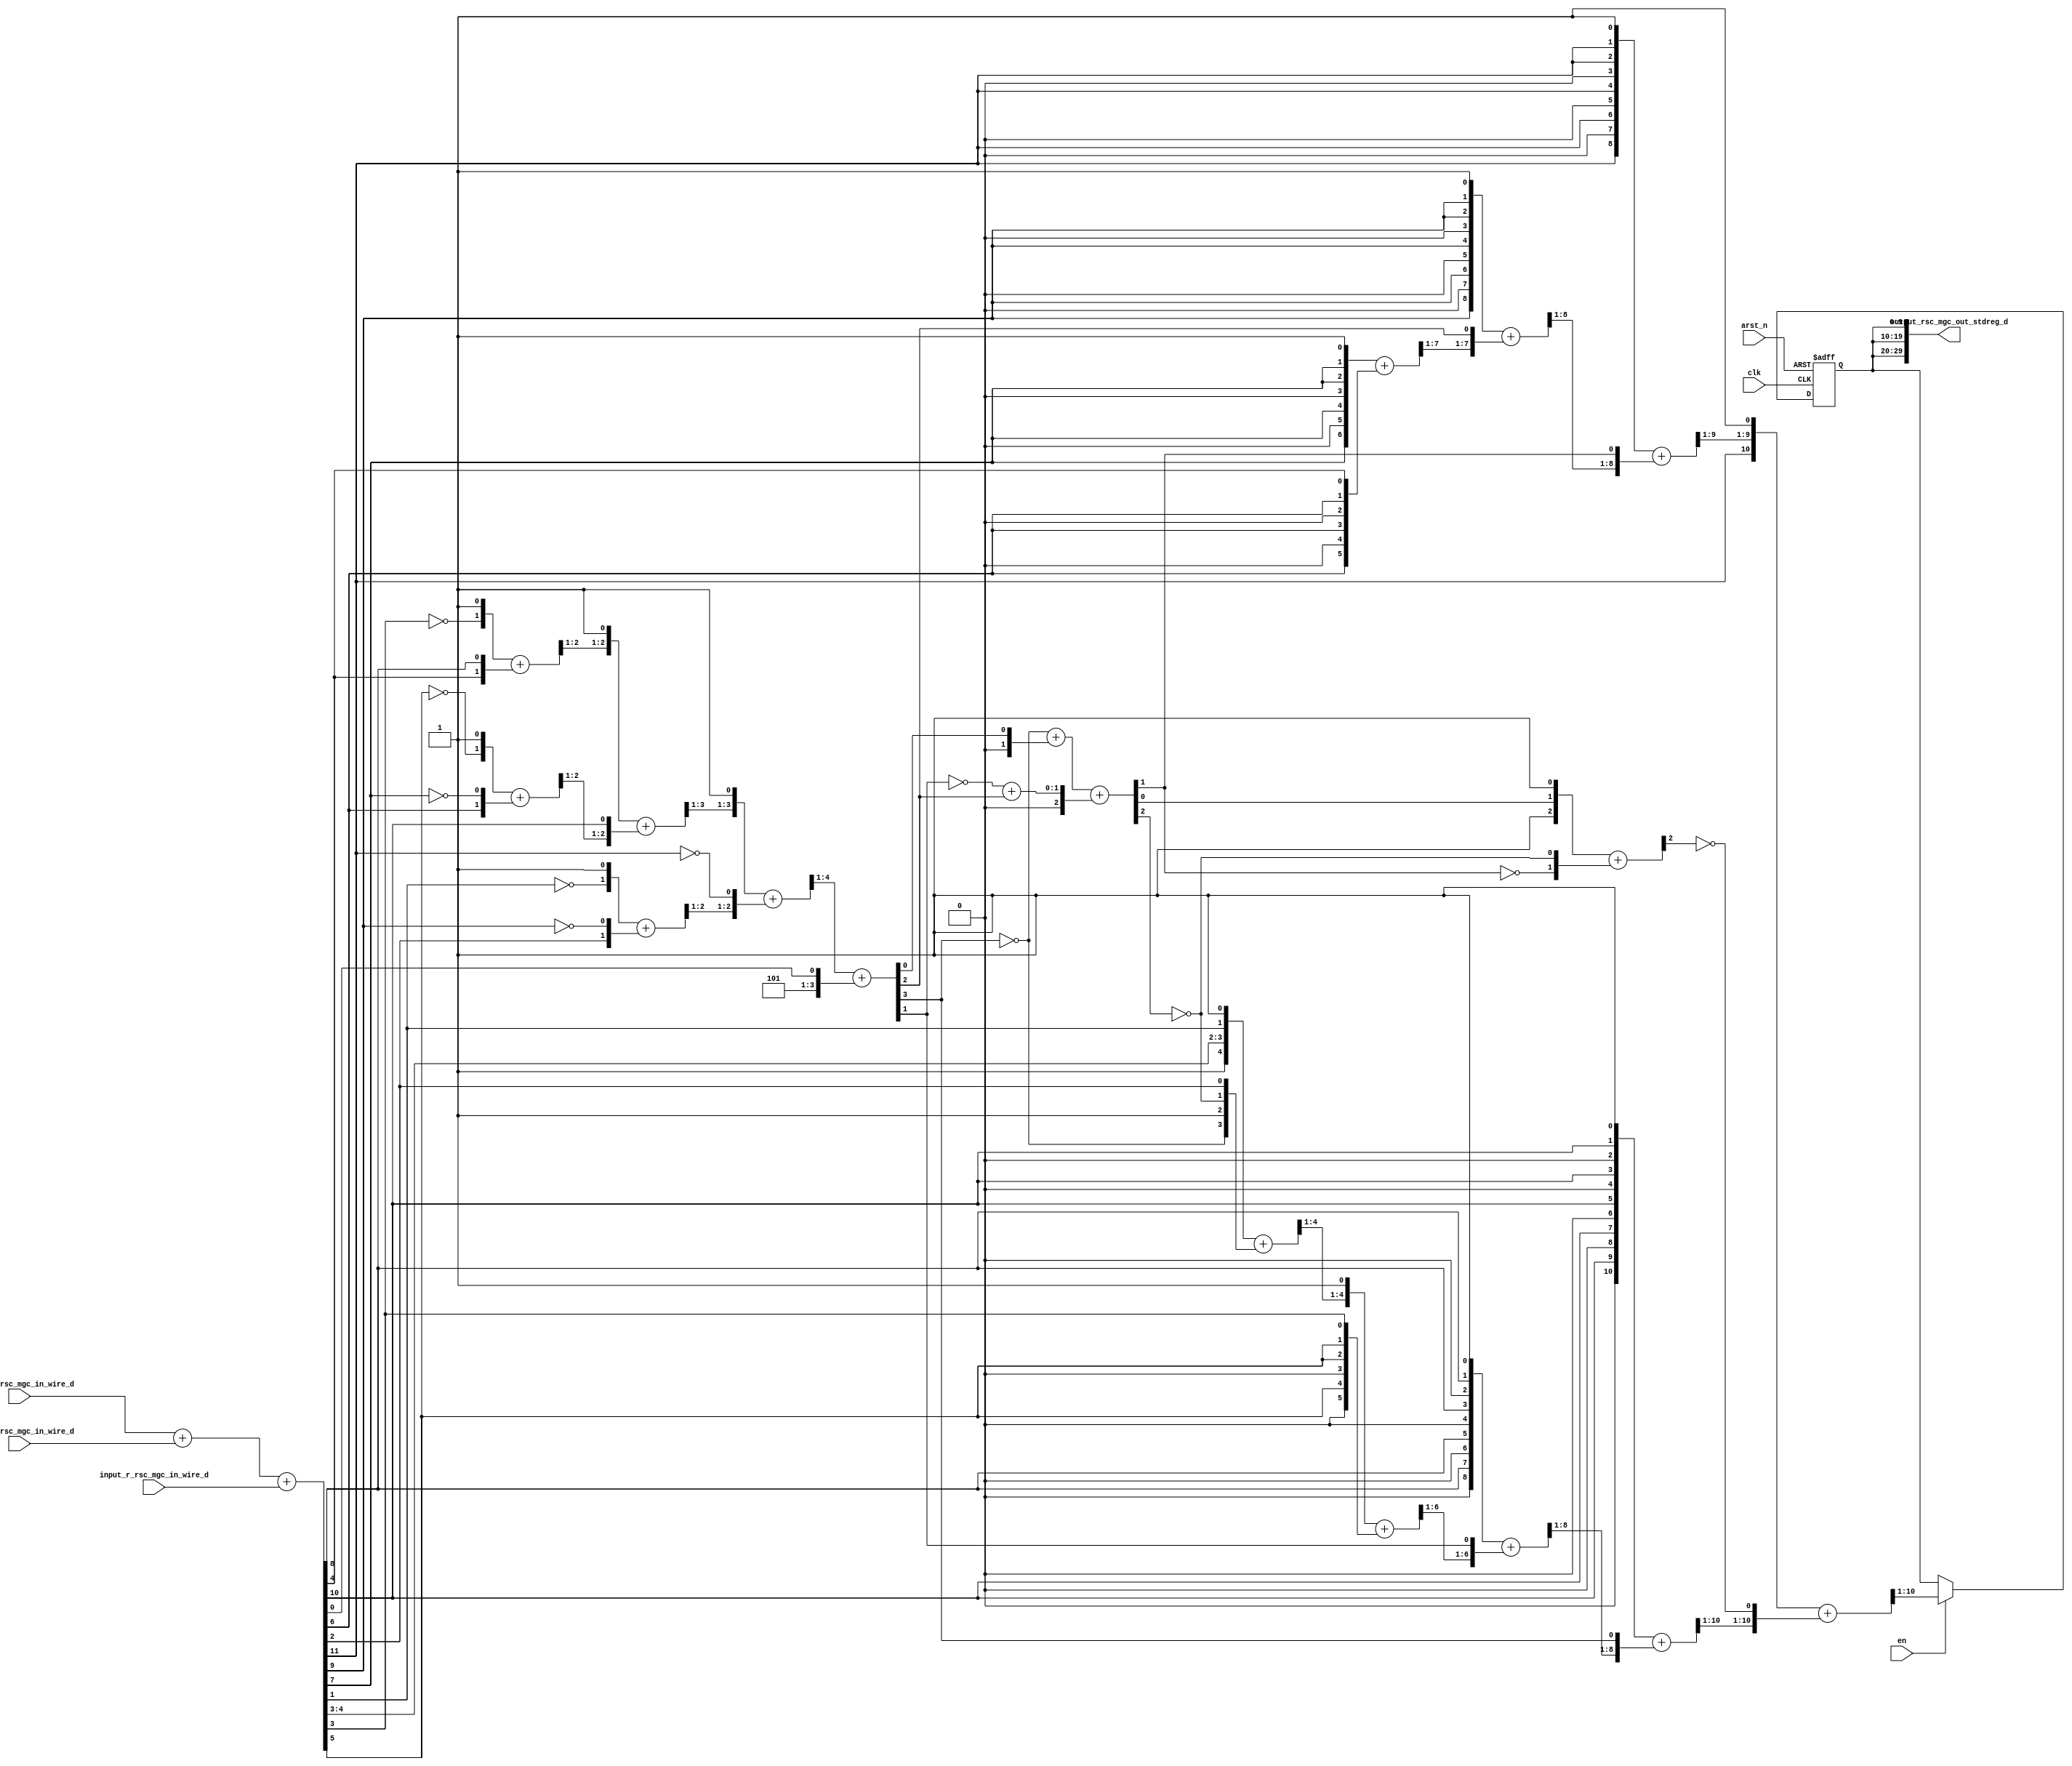
module black_white_core (
  clk, en, arst_n, input_r_rsc_mgc_in_wire_d, input_g_rsc_mgc_in_wire_d, input_b_rsc_mgc_in_wire_d,
      output_rsc_mgc_out_stdreg_d
);
  input clk;
  input en;
  input arst_n;
  input [9:0] input_r_rsc_mgc_in_wire_d;
  input [9:0] input_g_rsc_mgc_in_wire_d;
  input [9:0] input_b_rsc_mgc_in_wire_d;
  output [29:0] output_rsc_mgc_out_stdreg_d;


  // Interconnect Declarations
  reg [9:0] reg_output_rsc_mgc_out_stdreg_d_tmp;
  wire [11:0] result_2_sva;
  wire [12:0] nl_result_2_sva;
  wire [3:0] acc_imod_sva;
  wire [4:0] nl_acc_imod_sva;
  wire [2:0] acc_imod_1_sva;
  wire [3:0] nl_acc_imod_1_sva;


  // Interconnect Declarations for Component Instantiations 
  assign output_rsc_mgc_out_stdreg_d = {reg_output_rsc_mgc_out_stdreg_d_tmp , reg_output_rsc_mgc_out_stdreg_d_tmp
      , reg_output_rsc_mgc_out_stdreg_d_tmp};
  assign nl_result_2_sva = conv_u2u_11_12(conv_u2u_10_11(input_g_rsc_mgc_in_wire_d)
      + conv_u2u_10_11(input_b_rsc_mgc_in_wire_d)) + conv_u2u_10_12(input_r_rsc_mgc_in_wire_d);
  assign result_2_sva = nl_result_2_sva[11:0];
  assign nl_acc_imod_sva = (readslicef_5_4_1((conv_u2u_4_5({(readslicef_4_3_1((conv_u2u_3_4({(readslicef_3_2_1((conv_u2u_2_3({(~
      (result_2_sva[3])) , 1'b1}) + conv_u2u_2_3({(result_2_sva[4]) , (result_2_sva[8])}))))
      , 1'b1}) + conv_u2u_3_4({(readslicef_3_2_1((conv_u2u_2_3({(~ (result_2_sva[5]))
      , 1'b1}) + conv_u2u_2_3({(result_2_sva[6]) , (~ (result_2_sva[7]))})))) , (result_2_sva[10])}))))
      , 1'b1}) + conv_u2u_3_5({(readslicef_3_2_1((conv_u2u_2_3({(~ (result_2_sva[1]))
      , 1'b1}) + conv_u2u_2_3({(result_2_sva[2]) , (~ (result_2_sva[9]))})))) , (~
      (result_2_sva[11]))})))) + ({3'b101 , (result_2_sva[0])});
  assign acc_imod_sva = nl_acc_imod_sva[3:0];
  assign nl_acc_imod_1_sva = conv_s2s_2_3(conv_s2s_1_2(~ (acc_imod_sva[3])) + conv_u2s_1_2(acc_imod_sva[0]))
      + conv_u2s_2_3(conv_u2u_1_2(~ (acc_imod_sva[1])) + conv_u2u_1_2(acc_imod_sva[2]));
  assign acc_imod_1_sva = nl_acc_imod_1_sva[2:0];
  always @(posedge clk or negedge arst_n) begin
    if ( ~ arst_n ) begin
      reg_output_rsc_mgc_out_stdreg_d_tmp <= 10'b0;
    end
    else begin
      if ( en ) begin
        reg_output_rsc_mgc_out_stdreg_d_tmp <= readslicef_11_10_1((({(result_2_sva[11])
            , (readslicef_10_9_1((conv_u2u_9_10({(result_2_sva[11]) , 1'b0 , (result_2_sva[11])
            , 1'b0 , (result_2_sva[11]) , 1'b0 , (signext_2_1(result_2_sva[11]))
            , 1'b1}) + conv_u2u_9_10({(readslicef_9_8_1((({(result_2_sva[9]) , 1'b0
            , (result_2_sva[9]) , 1'b0 , (result_2_sva[9]) , 1'b0 , (signext_2_1(result_2_sva[9]))
            , 1'b1}) + conv_u2u_8_9({(readslicef_8_7_1((conv_u2u_7_8({(result_2_sva[7])
            , 1'b0 , (result_2_sva[7]) , 1'b0 , (signext_2_1(result_2_sva[7])) ,
            1'b1}) + conv_u2u_6_8({(result_2_sva[6]) , 1'b0 , (result_2_sva[6]) ,
            1'b0 , (result_2_sva[6]) , (result_2_sva[4])})))) , (acc_imod_sva[2])}))))
            , (acc_imod_1_sva[1])})))) , 1'b1}) + ({(readslicef_11_10_1((conv_u2s_10_11({(result_2_sva[10])
            , 1'b0 , (result_2_sva[10]) , 1'b0 , (result_2_sva[10]) , 1'b0 , (result_2_sva[10])
            , 1'b0 , (result_2_sva[10]) , 1'b1}) + conv_s2s_9_11({(readslicef_9_8_1((conv_u2s_8_9({(result_2_sva[8])
            , 1'b0 , (result_2_sva[8]) , 1'b0 , (result_2_sva[8]) , 1'b0 , (result_2_sva[8])
            , 1'b1}) + conv_s2s_7_9({(readslicef_7_6_1((conv_s2s_5_7({(readslicef_5_4_1((({1'b1
            , (result_2_sva[4:3]) , (result_2_sva[1]) , 1'b1}) + conv_u2s_4_5({(~
            (acc_imod_sva[3])) , 1'b1 , (~ (acc_imod_1_sva[2])) , (result_2_sva[2])}))))
            , 1'b1}) + conv_u2s_5_7({(result_2_sva[5]) , 1'b0 , (signext_2_1(result_2_sva[5]))
            , (result_2_sva[3])})))) , (acc_imod_sva[1])})))) , (acc_imod_sva[3])}))))
            , (~ (readslicef_3_1_2((({1'b1 , (acc_imod_1_sva[0]) , 1'b1}) + conv_u2s_2_3({(~
            (acc_imod_1_sva[1])) , (~ (acc_imod_1_sva[2]))})))))})));
      end
    end
  end

  function [3:0] readslicef_5_4_1;
    input [4:0] vector;
    reg [4:0] tmp;
  begin
    tmp = vector >> 1;
    readslicef_5_4_1 = tmp[3:0];
  end
  endfunction


  function [2:0] readslicef_4_3_1;
    input [3:0] vector;
    reg [3:0] tmp;
  begin
    tmp = vector >> 1;
    readslicef_4_3_1 = tmp[2:0];
  end
  endfunction


  function [1:0] readslicef_3_2_1;
    input [2:0] vector;
    reg [2:0] tmp;
  begin
    tmp = vector >> 1;
    readslicef_3_2_1 = tmp[1:0];
  end
  endfunction


  function [9:0] readslicef_11_10_1;
    input [10:0] vector;
    reg [10:0] tmp;
  begin
    tmp = vector >> 1;
    readslicef_11_10_1 = tmp[9:0];
  end
  endfunction


  function [8:0] readslicef_10_9_1;
    input [9:0] vector;
    reg [9:0] tmp;
  begin
    tmp = vector >> 1;
    readslicef_10_9_1 = tmp[8:0];
  end
  endfunction


  function [1:0] signext_2_1;
    input [0:0] vector;
  begin
    signext_2_1= {{1{vector[0]}}, vector};
  end
  endfunction


  function [7:0] readslicef_9_8_1;
    input [8:0] vector;
    reg [8:0] tmp;
  begin
    tmp = vector >> 1;
    readslicef_9_8_1 = tmp[7:0];
  end
  endfunction


  function [6:0] readslicef_8_7_1;
    input [7:0] vector;
    reg [7:0] tmp;
  begin
    tmp = vector >> 1;
    readslicef_8_7_1 = tmp[6:0];
  end
  endfunction


  function [5:0] readslicef_7_6_1;
    input [6:0] vector;
    reg [6:0] tmp;
  begin
    tmp = vector >> 1;
    readslicef_7_6_1 = tmp[5:0];
  end
  endfunction


  function [0:0] readslicef_3_1_2;
    input [2:0] vector;
    reg [2:0] tmp;
  begin
    tmp = vector >> 2;
    readslicef_3_1_2 = tmp[0:0];
  end
  endfunction


  function  [11:0] conv_u2u_11_12 ;
    input [10:0]  vector ;
  begin
    conv_u2u_11_12 = {1'b0, vector};
  end
  endfunction


  function  [10:0] conv_u2u_10_11 ;
    input [9:0]  vector ;
  begin
    conv_u2u_10_11 = {1'b0, vector};
  end
  endfunction


  function  [11:0] conv_u2u_10_12 ;
    input [9:0]  vector ;
  begin
    conv_u2u_10_12 = {{2{1'b0}}, vector};
  end
  endfunction


  function  [4:0] conv_u2u_4_5 ;
    input [3:0]  vector ;
  begin
    conv_u2u_4_5 = {1'b0, vector};
  end
  endfunction


  function  [3:0] conv_u2u_3_4 ;
    input [2:0]  vector ;
  begin
    conv_u2u_3_4 = {1'b0, vector};
  end
  endfunction


  function  [2:0] conv_u2u_2_3 ;
    input [1:0]  vector ;
  begin
    conv_u2u_2_3 = {1'b0, vector};
  end
  endfunction


  function  [4:0] conv_u2u_3_5 ;
    input [2:0]  vector ;
  begin
    conv_u2u_3_5 = {{2{1'b0}}, vector};
  end
  endfunction


  function signed [2:0] conv_s2s_2_3 ;
    input signed [1:0]  vector ;
  begin
    conv_s2s_2_3 = {vector[1], vector};
  end
  endfunction


  function signed [1:0] conv_s2s_1_2 ;
    input signed [0:0]  vector ;
  begin
    conv_s2s_1_2 = {vector[0], vector};
  end
  endfunction


  function signed [1:0] conv_u2s_1_2 ;
    input [0:0]  vector ;
  begin
    conv_u2s_1_2 = {1'b0, vector};
  end
  endfunction


  function signed [2:0] conv_u2s_2_3 ;
    input [1:0]  vector ;
  begin
    conv_u2s_2_3 = {1'b0, vector};
  end
  endfunction


  function  [1:0] conv_u2u_1_2 ;
    input [0:0]  vector ;
  begin
    conv_u2u_1_2 = {1'b0, vector};
  end
  endfunction


  function  [9:0] conv_u2u_9_10 ;
    input [8:0]  vector ;
  begin
    conv_u2u_9_10 = {1'b0, vector};
  end
  endfunction


  function  [8:0] conv_u2u_8_9 ;
    input [7:0]  vector ;
  begin
    conv_u2u_8_9 = {1'b0, vector};
  end
  endfunction


  function  [7:0] conv_u2u_7_8 ;
    input [6:0]  vector ;
  begin
    conv_u2u_7_8 = {1'b0, vector};
  end
  endfunction


  function  [7:0] conv_u2u_6_8 ;
    input [5:0]  vector ;
  begin
    conv_u2u_6_8 = {{2{1'b0}}, vector};
  end
  endfunction


  function signed [10:0] conv_u2s_10_11 ;
    input [9:0]  vector ;
  begin
    conv_u2s_10_11 = {1'b0, vector};
  end
  endfunction


  function signed [10:0] conv_s2s_9_11 ;
    input signed [8:0]  vector ;
  begin
    conv_s2s_9_11 = {{2{vector[8]}}, vector};
  end
  endfunction


  function signed [8:0] conv_u2s_8_9 ;
    input [7:0]  vector ;
  begin
    conv_u2s_8_9 = {1'b0, vector};
  end
  endfunction


  function signed [8:0] conv_s2s_7_9 ;
    input signed [6:0]  vector ;
  begin
    conv_s2s_7_9 = {{2{vector[6]}}, vector};
  end
  endfunction


  function signed [6:0] conv_s2s_5_7 ;
    input signed [4:0]  vector ;
  begin
    conv_s2s_5_7 = {{2{vector[4]}}, vector};
  end
  endfunction


  function signed [4:0] conv_u2s_4_5 ;
    input [3:0]  vector ;
  begin
    conv_u2s_4_5 = {1'b0, vector};
  end
  endfunction


  function signed [6:0] conv_u2s_5_7 ;
    input [4:0]  vector ;
  begin
    conv_u2s_5_7 = {{2{1'b0}}, vector};
  end
  endfunction

endmodule
module black_white (
  input_r_rsc_z, input_g_rsc_z, input_b_rsc_z, output_rsc_z, clk, en, arst_n
);
  input [9:0] input_r_rsc_z;
  input [9:0] input_g_rsc_z;
  input [9:0] input_b_rsc_z;
  output [29:0] output_rsc_z;
  input clk;
  input en;
  input arst_n;


  // Interconnect Declarations
  wire [9:0] input_r_rsc_mgc_in_wire_d;
  wire [9:0] input_g_rsc_mgc_in_wire_d;
  wire [9:0] input_b_rsc_mgc_in_wire_d;
  wire [29:0] output_rsc_mgc_out_stdreg_d;


  // Interconnect Declarations for Component Instantiations 
  mgc_in_wire #(.rscid(1),
  .width(10)) input_r_rsc_mgc_in_wire (
      .d(input_r_rsc_mgc_in_wire_d),
      .z(input_r_rsc_z)
    );
  mgc_in_wire #(.rscid(2),
  .width(10)) input_g_rsc_mgc_in_wire (
      .d(input_g_rsc_mgc_in_wire_d),
      .z(input_g_rsc_z)
    );
  mgc_in_wire #(.rscid(3),
  .width(10)) input_b_rsc_mgc_in_wire (
      .d(input_b_rsc_mgc_in_wire_d),
      .z(input_b_rsc_z)
    );
  mgc_out_stdreg #(.rscid(4),
  .width(30)) output_rsc_mgc_out_stdreg (
      .d(output_rsc_mgc_out_stdreg_d),
      .z(output_rsc_z)
    );
  black_white_core black_white_core_inst (
      .clk(clk),
      .en(en),
      .arst_n(arst_n),
      .input_r_rsc_mgc_in_wire_d(input_r_rsc_mgc_in_wire_d),
      .input_g_rsc_mgc_in_wire_d(input_g_rsc_mgc_in_wire_d),
      .input_b_rsc_mgc_in_wire_d(input_b_rsc_mgc_in_wire_d),
      .output_rsc_mgc_out_stdreg_d(output_rsc_mgc_out_stdreg_d)
    );
endmodule